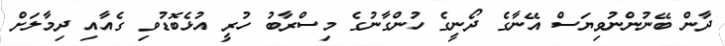
ދާން ބޭނުންނުވިޔަސް އޭނާގެ ދޯނީގެ ހުންގާނުގެ މިސްރާބު ހުރީ އުޅެބޮޑުވި ގެއާއި ދިމާލަށް